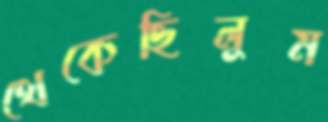
থেকেছিলুম